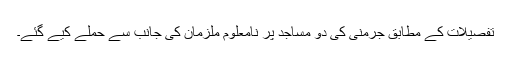
تفصیلات کے مطابق جرمنی کی دو مساجد پر نامعلوم ملزمان کی جانب سے حملے کیے گئے۔